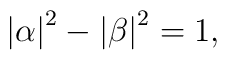
\left| \alpha \right| ^{2}-\left| \beta \right| ^{2}=1,